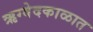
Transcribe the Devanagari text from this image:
ऋग्वेदकाळात